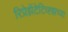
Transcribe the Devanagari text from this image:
रिप्रेझेंटेटिव्ह्झच्या